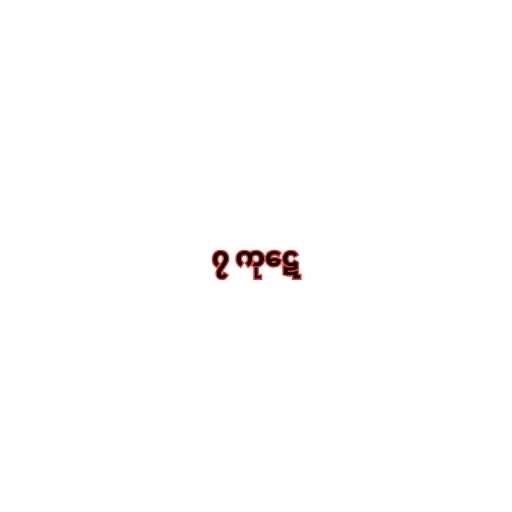
၇ ကုဋေ